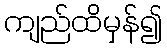
ကျည်ထိမှန်၍